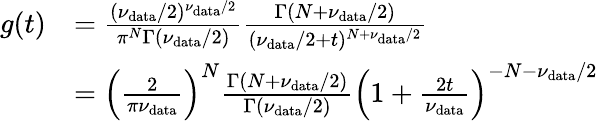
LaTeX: \begin{array}{rl}{g(t)}&{=\frac{(\nu_{\mathrm{data}}/2)^{\nu_{\mathrm{data}}/2}}{\pi^{N}\Gamma(\nu_{\mathrm{data}}/2)}\frac{\Gamma(N+\nu_{\mathrm{data}}/2)}{(\nu_{\mathrm{data}}/2+t)^{N+\nu_{\mathrm{data}}/2}}}\\ &{=\left(\frac{2}{\pi\nu_{\mathrm{data}}}\right)^{N}\frac{\Gamma(N+\nu_{\mathrm{data}}/2)}{\Gamma(\nu_{\mathrm{data}}/2)}\left(1+\frac{2t}{\nu_{\mathrm{data}}}\right)^{-N-\nu_{\mathrm{data}}/2}}\end{array}